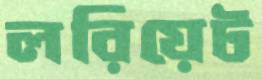
লরিয়েট